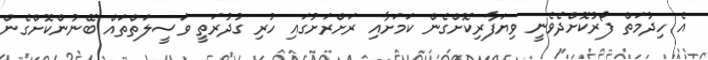
އެ ހިދުމަތް ފޯރުކޮށްދެވެނީ ވިޔަފާރިކޮށްގެން ކަމަށާއި ރަށްރަށުގައި ހުރި ގުދުރަތީ ވަސީލަތްތައް ބޭނުންކޮށްގެން